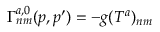
\Gamma _ { n m } ^ { a , 0 } ( p , p ^ { \prime } ) = - g ( T ^ { a } ) _ { n m }